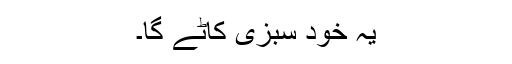
یہ خود سبزی کاٹے گا۔